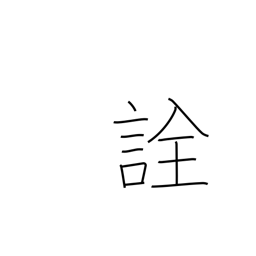
Meaning: selection